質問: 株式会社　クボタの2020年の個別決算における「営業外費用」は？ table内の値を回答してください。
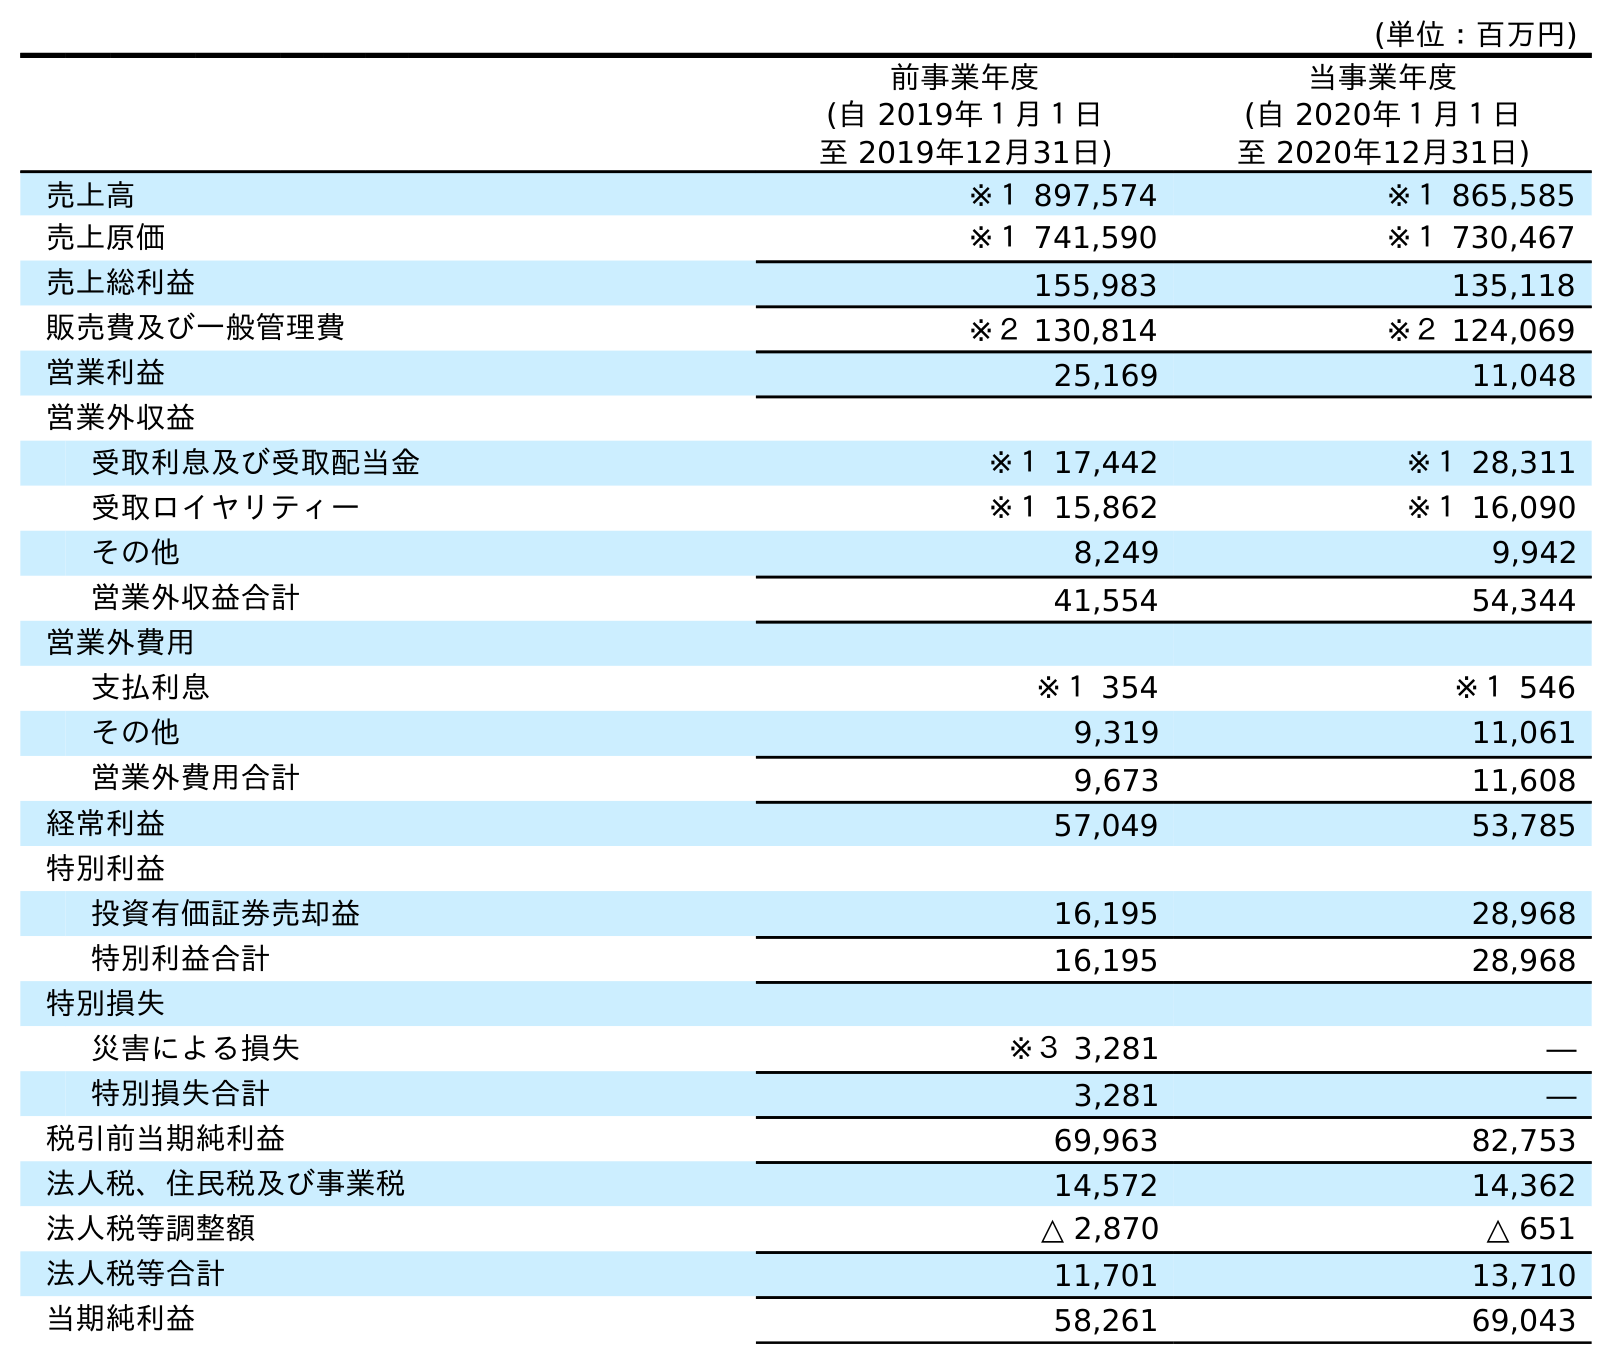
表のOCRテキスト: (単位：百万円) 前事業年度 (自 2019年１月１日 至 2019年12月31日) 当事業年度 (自 2020年１月１日 至 2020年12月31日) 売上高 ※１ 897,574 ※１ 865,585 売上原価 ※１ 741,590 ※１ 730,467 売上総利益 155,983 135,118 販売費及び一般管理費 ※２ 130,814 ※２ 124,069 営業利益 25,169 11,048 営業外収益 受取利息及び受取配当金 ※１ 17,442 ※１ 28,311 受取ロイヤリティー ※１ 15,862 ※１ 16,090 その他 8,249 9,942 営業外収益合計 41,554 54,344 営業外費用 支払利息 ※１ 354 ※１ 546 その他 9,319 11,061 営業外費用合計 9,673 11,608 経常利益 57,049 53,785 特別利益 投資有価証券売却益 16,195 28,968 特別利益合計 16,195 28,968 特別損失 災害による損失 ※３ 3,281 ― 特別損失合計 3,281 ― 税引前当期純利益 69,963 82,753 法人税、住民税及び事業税 14,572 14,362 法人税等調整額 △ 2,870 △ 651 法人税等合計 11,701 13,710 当期純利益 58,261 69,043
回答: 11,608